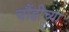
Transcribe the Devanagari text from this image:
चौंडीच्या